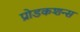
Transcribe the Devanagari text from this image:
प्रोडकशन्स